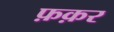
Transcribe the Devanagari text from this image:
फ़क़र